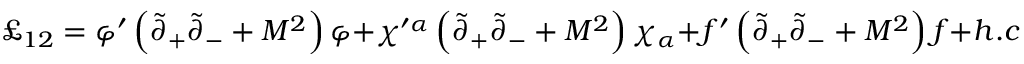
\pounds _ { 1 2 } = \varphi ^ { \prime } \left( \tilde { \partial } _ { + } \tilde { \partial } _ { - } + M ^ { 2 } \right) \varphi + \chi ^ { \prime \alpha } \left( \tilde { \partial } _ { + } \tilde { \partial } _ { - } + M ^ { 2 } \right) \chi _ { \alpha } + f ^ { \prime } \left( \tilde { \partial } _ { + } \tilde { \partial } _ { - } + M ^ { 2 } \right) f + h . c